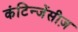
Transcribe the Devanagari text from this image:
कंटिन्जेंसीज़